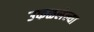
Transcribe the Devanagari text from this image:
उकळलेल्या